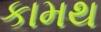
કામથ